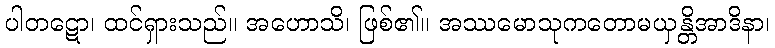
ပါတဋော၊ ထင်ရှားသည်။ အဟောသိ၊ ဖြစ်၏။ အဿမောသုကတောမယှန္တိအာဒိနာ၊